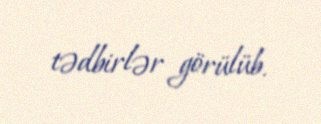
tədbirlər görülüb.